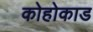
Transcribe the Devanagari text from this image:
कोहोकाड